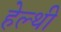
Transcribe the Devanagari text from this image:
हेल्थी